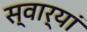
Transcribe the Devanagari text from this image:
स्वार्‍यां